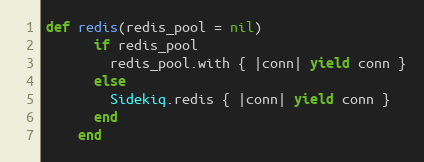
Language: Ruby
def redis(redis_pool = nil)
      if redis_pool
        redis_pool.with { |conn| yield conn }
      else
        Sidekiq.redis { |conn| yield conn }
      end
    end